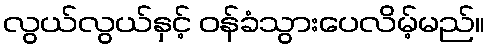
လွယ်လွယ်နှင့် ဝန်ခံသွားပေလိမ့်မည်။